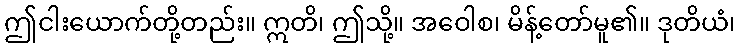
ဤငါးယောက်တို့တည်း။ ဣတိ၊ ဤသို့။ အဝေါစ၊ မိန့်တော်မူ၏။ ဒုတိယံ၊